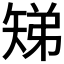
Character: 𬑳